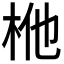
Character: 𭩬